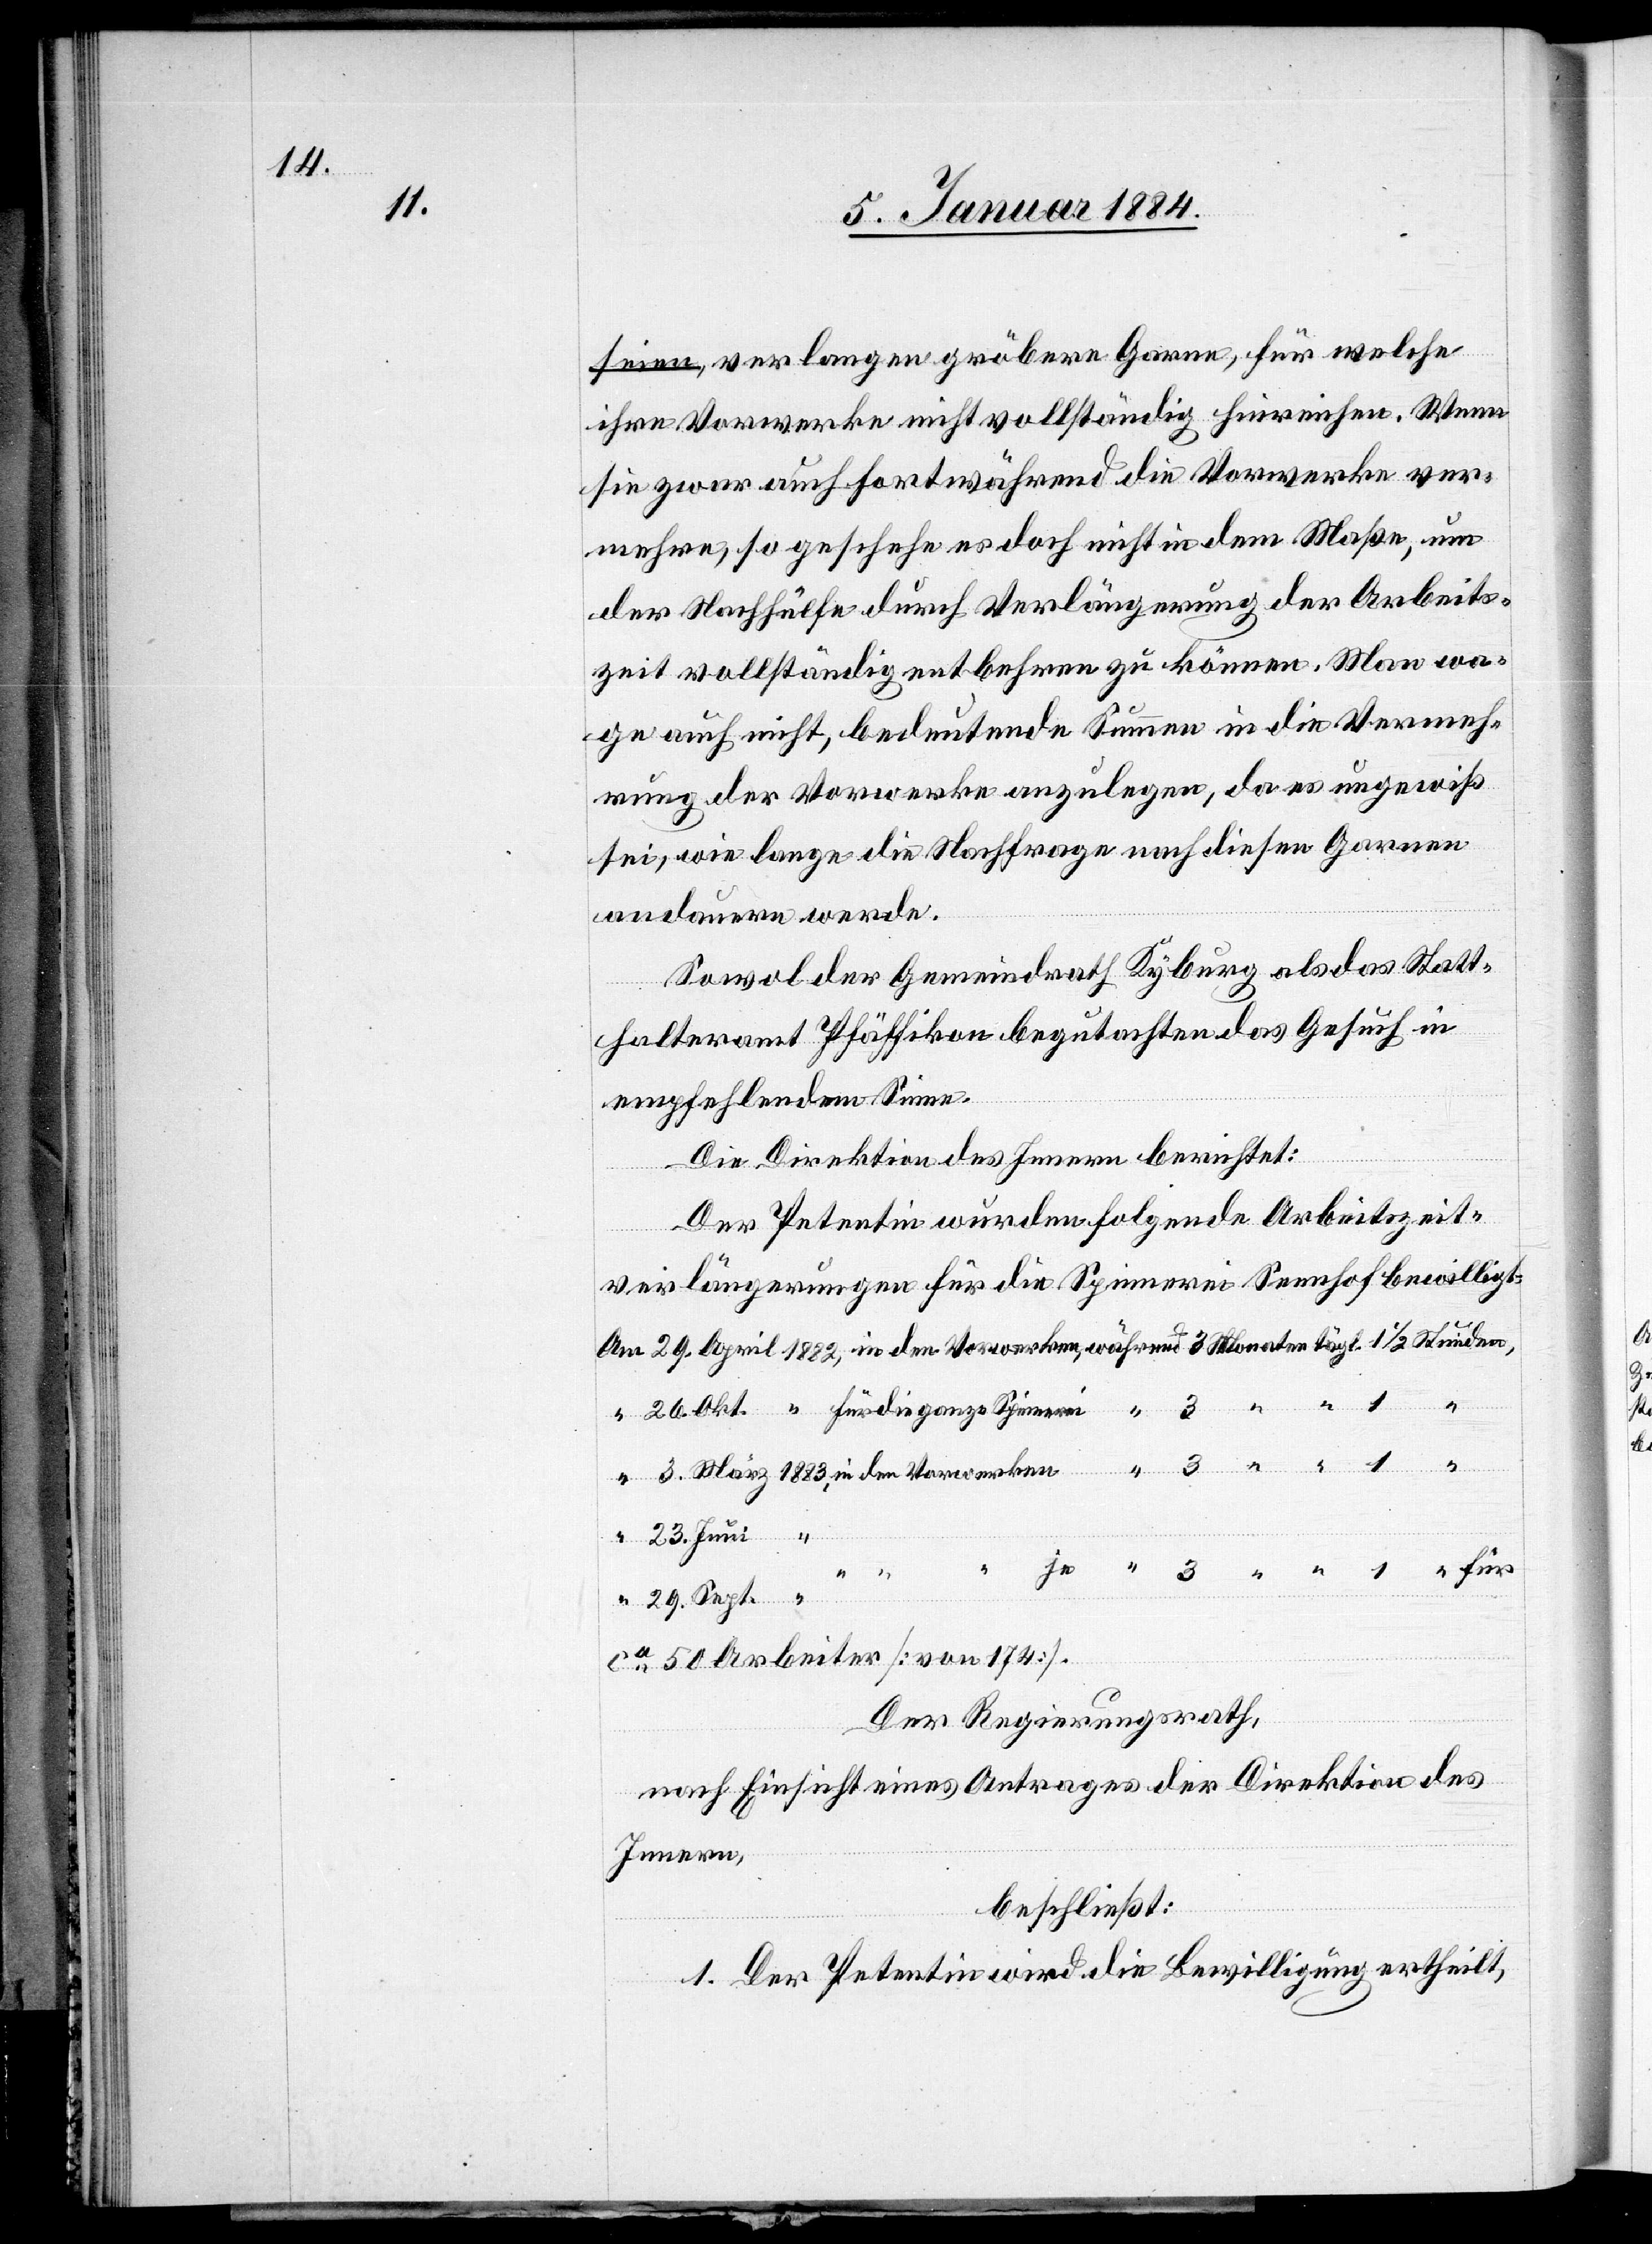
verlangen gröbere Garne, für welche
ihre Vorwerke nicht vollständig hinreichen. Wenn
sie zwar auch fortwährend die Vorwerke ver¬
mehre, so geschehe es doch nicht in dem Maße, um
der Nachhülfe durch Verlängerung der Arbeits¬
zeit vollständig entbehren zu können. Man wa¬
ge auch nicht, bedeutende Summen in die Vermeh¬
rung der Vorwerke anzulegen, da es ungewiß
sei, wie lange die Nachfrage nach diesen Garnen
andauern werde.
Sowol der Gemeindrath Kyburg, als das Statt¬
halteramt Pfäffikon begutachtet das Gesuch in
empfehlendem Sinne.
für
Die Direktion des Innern Berichtet:
Sept.
Der Petentin wurden folgende Arbeitszeit¬
während
verlängerungen für die Spinnerei Sennhof bewilligt:
1
“
ca 50 Arbeiter [von 174].
Der Regierungsrath,
nach Einsicht eines Antrages der Direktion des
Innern,
beschließt:
1. Der Petentin wird die Bewilligung ertheilt